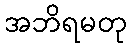
အဘိရမတု